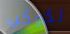
لكوكب